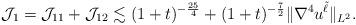
LaTeX: \begin{align*} \mathcal{J}_{1} = \mathcal{J}_{11} + \mathcal{J}_{12} \lesssim (1+t)^{-\frac{25}{4} } + (1+t)^{-\frac{7}{2}}\|\nabla^4 u^{\tilde{\ell}}\|_{L^2}. \end{align*}